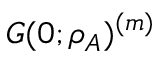
G ( 0 ; \rho _ { A } ) ^ { ( m ) }